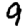
Digit: 9